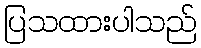
ပြသထားပါသည်